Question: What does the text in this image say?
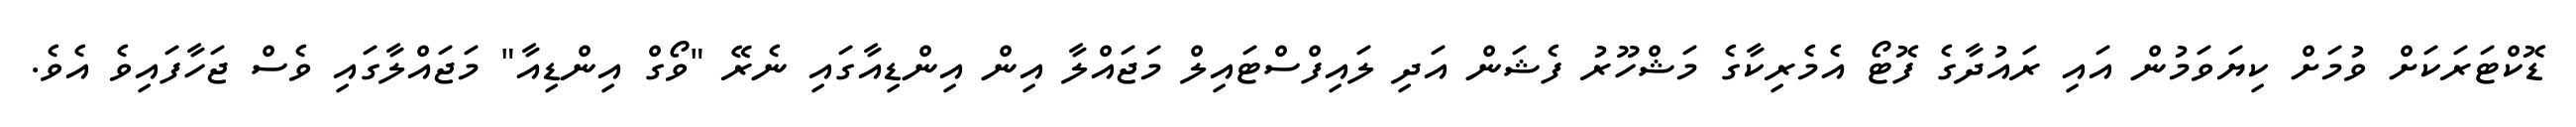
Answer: ޑޮކްޓަރަކަށް ވުމަށް ކިޔަވަމުން އައި ރައުދާގެ ފޮޓޯ އެމެރިކާގެ މަޝްހޫރު ފެޝަން އަދި ލައިފްސްޓައިލް މަޖައްލާ އިން އިންޑިއާގައި ނެރޭ "ވޯގް އިންޑިއާ" މަޖައްލާގައި ވެސް ޖަހާފައިވެ އެވެ.